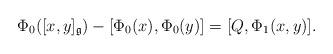
LaTeX: \begin{align*} \Phi_0([x,y]_{\mathfrak{g}})-[\Phi_0(x),\Phi_0(y)]=[Q,\Phi_1(x,y)].\end{align*}